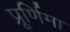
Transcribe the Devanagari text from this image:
प्रूर्णिमा